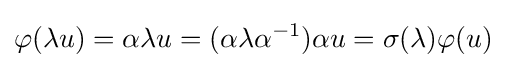
\varphi (\lambda u)=\alpha \lambda u=(\alpha \lambda \alpha ^{-1})\alpha u=\sigma (\lambda )\varphi (u)